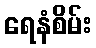
ရေနံစိမ်း